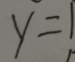
y = 1